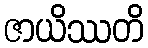
ဇာယိဿတိ